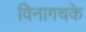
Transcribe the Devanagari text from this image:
विनागचके